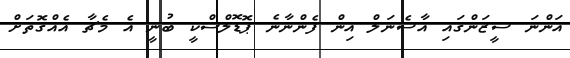
އަންނަ ސީޒަންގައި އާސެނަލް އިން ފެންނާނެ ޕޮޑޮލްސްކީ ބުނީ އެ މެޗާ އެއްގޮތަށް